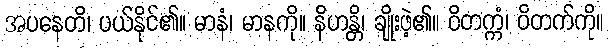
အပနေတိ၊ ပယ်နိုင်၏။ မာနံ၊ မာနကို။ နိဟန္တိ၊ ချိုးဖဲ့၏။ ဝိတက္ကံ၊ ဝိတက်ကို။